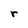
Character: r